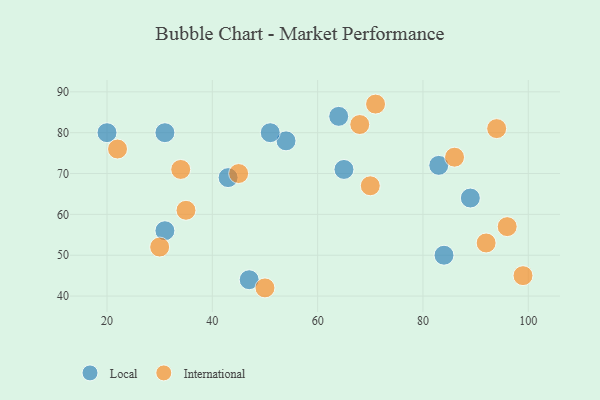
{"axis": {"x": "GDP", "y": "Life Expectancy"}, "legend": ["International", "Local"], "data": [{"x": "47", "y": 44, "type": "Local"}, {"x": "43", "y": 69, "type": "Local"}, {"x": "83", "y": 72, "type": "Local"}, {"x": "65", "y": 71, "type": "Local"}, {"x": "20", "y": 80, "type": "Local"}, {"x": "31", "y": 80, "type": "Local"}, {"x": "89", "y": 64, "type": "Local"}, {"x": "54", "y": 78, "type": "Local"}, {"x": "64", "y": 84, "type": "Local"}, {"x": "84", "y": 50, "type": "Local"}, {"x": "51", "y": 80, "type": "Local"}, {"x": "31", "y": 56, "type": "Local"}, {"x": "96", "y": 57, "type": "International"}, {"x": "22", "y": 76, "type": "International"}, {"x": "45", "y": 70, "type": "International"}, {"x": "30", "y": 52, "type": "International"}, {"x": "34", "y": 71, "type": "International"}, {"x": "94", "y": 81, "type": "International"}, {"x": "68", "y": 82, "type": "International"}, {"x": "71", "y": 87, "type": "International"}, {"x": "92", "y": 53, "type": "International"}, {"x": "50", "y": 42, "type": "International"}, {"x": "99", "y": 45, "type": "International"}, {"x": "70", "y": 67, "type": "International"}, {"x": "35", "y": 61, "type": "International"}, {"x": "86", "y": 74, "type": "International"}]}